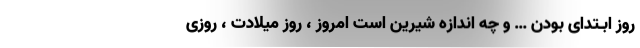
روز ابـتدای بودن … و چه اندازه شیرین است امروز ، روز میلادت ، روزی